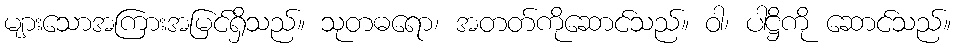
များသောအကြားအမြင်ရှိသည်။ သုတဓရော၊ အတတ်ကိုဆောင်သည်။ ဝါ၊ ပါဋ္ဌိကို ဆောင်သည်။